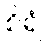
စိရံ